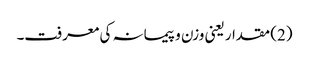
(2) مقدار یعنی وزن و پیمانہ کی معرفت۔